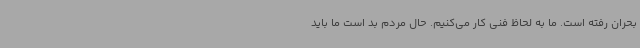
بحران رفته است. ما به لحاظ فنی کار می‌کنیم. حال مردم بد است ما باید